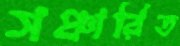
সঞ্চারিত